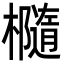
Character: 㰐